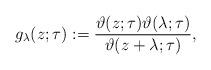
LaTeX: \begin{align*}g_\lambda(z;\tau):=\frac{\vartheta(z;\tau)\vartheta(\lambda;\tau)}{\vartheta(z+\lambda;\tau)}, \end{align*}